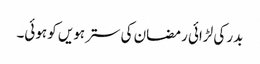
بدر کی لڑائی رمضان کی سترہویں کو ہوئی۔